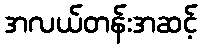
အလယ်တန်းအဆင့်